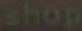
shop